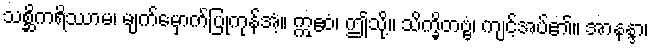
သစ္ဆိကရိဿာမ၊ မျက်မှောက်ပြုကုန်အံ့။ ဣဧဝံ၊ ဤသို့။ သိက္ခိတဗ္ဗံ၊ ကျင့်အပ်၏။ အာနန္ဒာ၊